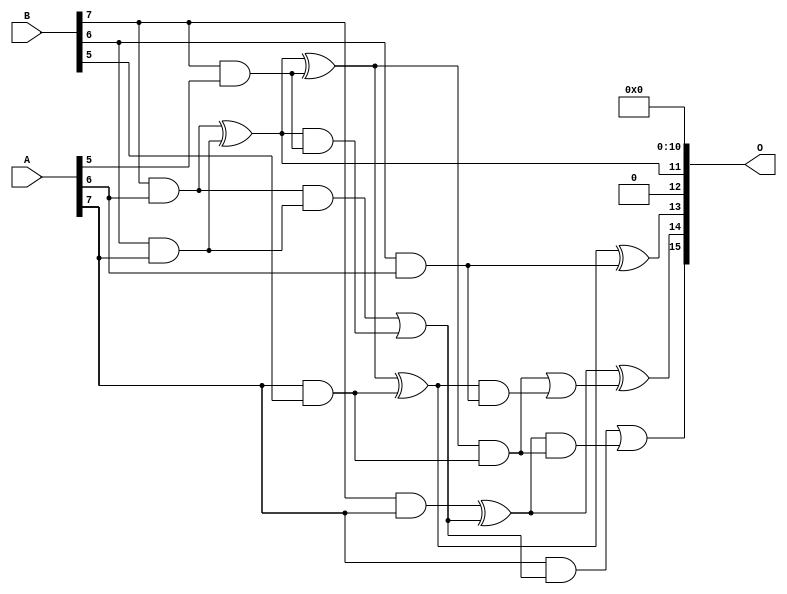
module mul8u_17L5 (
    A,
    B,
    O
);

input [7:0] A;
input [7:0] B;
output [15:0] O;

wire sig_214,sig_224,sig_225,sig_252,sig_267,sig_268,sig_299,sig_300,sig_301,sig_302,sig_303,sig_323,sig_324,sig_325,sig_327,sig_328,sig_329,sig_330,sig_331,sig_332;
wire sig_340;

assign sig_214 = B[7] & A[5];
assign sig_224 = B[6] & A[6];
assign sig_225 = B[7] & A[6];
assign sig_252 = A[7] & B[5];
assign sig_267 = B[6] & A[7];
assign sig_268 = B[7] & A[7];
assign sig_299 = sig_225 ^ sig_267;
assign sig_300 = sig_225 & sig_267;
assign sig_301 = sig_299 & sig_214;
assign sig_302 = sig_299 ^ sig_214;
assign sig_303 = sig_300 | sig_301;
assign sig_323 = sig_302 ^ sig_252;
assign sig_324 = sig_302 & sig_252;
assign sig_325 = sig_323 & sig_224;
assign sig_327 = sig_324 | sig_325;
assign sig_328 = sig_268 ^ sig_303;
assign sig_329 = A[7] & sig_303;
assign sig_330 = sig_328 & sig_324;
assign sig_331 = sig_328 ^ sig_327;
assign sig_332 = sig_329 | sig_330;
assign sig_340 = sig_323 ^ sig_224;

assign O[15] = sig_332;
assign O[14] = sig_331;
assign O[13] = sig_340;
assign O[12] = 1'b0;
assign O[11] = sig_299;
assign O[10] = 1'b0;
assign O[9] = 1'b0;
assign O[8] = 1'b0;
assign O[7] = 1'b0;
assign O[6] = 1'b0;
assign O[5] = 1'b0;
assign O[4] = 1'b0;
assign O[3] = 1'b0;
assign O[2] = 1'b0;
assign O[1] = 1'b0;
assign O[0] = 1'b0;

endmodule